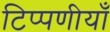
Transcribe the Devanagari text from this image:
टिप्पणीयाँ